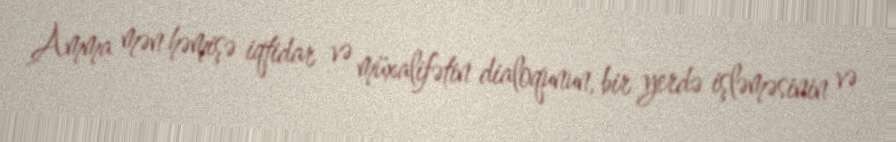
Amma mən həmişə iqtidar və müxalifətin dialoqunun, bir yerdə işləməsinin və